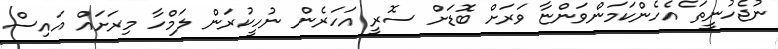
ނުޖެހުނީތަ ެއެހެންކަމަންވަންޏާ ވަރަށް ބޮޑަށް ސޮރީ އަހަރެން ނުހީކުރަން ލަމްހާ މިރަށައް އައިސް